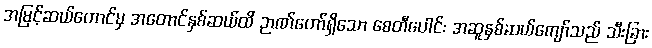
အမြင့်ဆယ်တောင်မှ အတောင်နှစ်ဆယ်ထိ ဉာဏ်တော်ရှိသော စေတီပေါင်း အဆူနှစ်ဆယ်ကျော်သည် သီးခြား